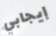
إيجابي